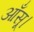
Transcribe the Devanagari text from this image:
आँसू।